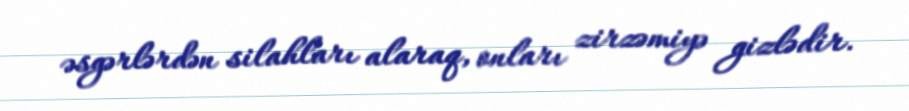
əsgərlərdən silahları alaraq, onları zirzəmiyə gizlədir.